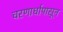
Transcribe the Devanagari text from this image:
चरणार्धापासून